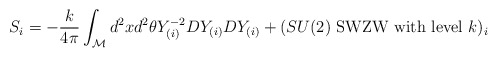
\begin{align*}S_i=-\frac{k}{4\pi}\int_{\cal M}d^2xd^2\theta Y_{(i)}^{-2}DY_{(i)}DY_{(i)} + (SU(2)\mbox{~SWZW with level~} k )_i\end{align*}